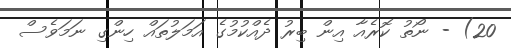
20) - ނޯތު ކޮރެއާ އިން ބިރު ދެއްކުމުގެ އަމަލުތައް ހިންގި ނަމަވެސް